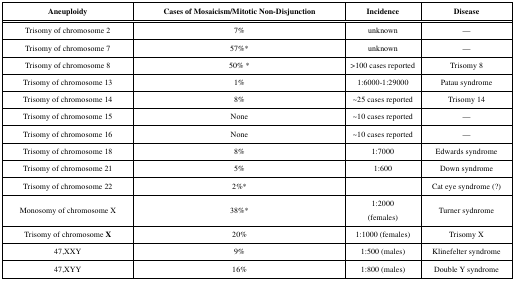
<table><thead><tr><td><b>Aneuploidy</b></td><td><b>Cases of Mosaicism/Mitotic Non-Disjunction</b></td><td><b>Incidence</b></td><td><b>Disease</b></td></tr></thead><tbody><tr><td>Trisomy of chromosome 2</td><td>7%</td><td>unknown</td><td>—</td></tr><tr><td>Trisomy of chromosome 7</td><td>57%*</td><td>unknown</td><td>—</td></tr><tr><td>Trisomy of chromosome 8</td><td>50% *</td><td>&gt;100 cases reported</td><td>Trisomy 8</td></tr><tr><td>Trisomy of chromosome 13</td><td>1%</td><td>1:6000-1:29000</td><td>Patau syndrome</td></tr><tr><td>Trisomy of chromosome 14</td><td>8%</td><td>~25 cases reported</td><td>Trisomy 14</td></tr><tr><td>Trisomy of chromosome 15</td><td>None</td><td>~10 cases reported</td><td>—</td></tr><tr><td>Trisomy of chromosome 16</td><td>None</td><td>~10 cases reported</td><td>—</td></tr><tr><td>Trisomy of chromosome 18</td><td>8%</td><td>1:7000</td><td>Edwards syndrome</td></tr><tr><td>Trisomy of chromosome 21</td><td>5%</td><td>1:600</td><td>Down syndrome</td></tr><tr><td>Trisomy of chromosome 22</td><td>2%*</td><td></td><td>Cat eye syndrome (?)</td></tr><tr><td>Monosomy of chromosome X</td><td>38%*</td><td>1:2000 (females)</td><td>Turner sydnrome</td></tr><tr><td>Trisomy of chromosome X</td><td>20%</td><td>1:1000 (females)</td><td>Trisomy X</td></tr><tr><td>47,XXY</td><td>9%</td><td>1:500 (males)</td><td>Klinefelter syndrome</td></tr><tr><td>47,XYY</td><td>16%</td><td>1:800 (males)</td><td>Double Y syndrome</td></tr></tbody></table>